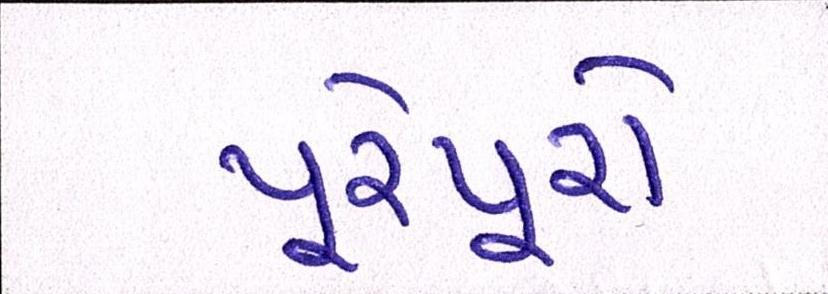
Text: પૂરેપૂરો